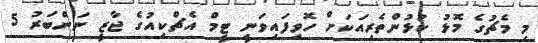
މި މެޗުގެ މޮޅު ކުޅުންތެރިއަކަށް ހޮވިފައިވަނީ ޓީމް އެޗްކިއުގެ ޖާޒީ ނަންބަރު 5